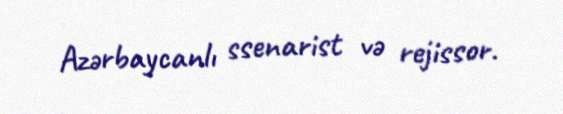
Azərbaycanlı ssenarist və rejissor.